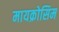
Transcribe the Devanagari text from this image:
मायक्रोसिम